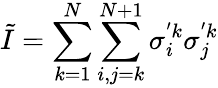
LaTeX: \tilde{I}=\sum_{k=1}^{N}{\sum_{i,j=k}^{N+1}{\sigma_{i}^{'k}\sigma_{j}^{'k}}}